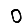
Digit: 0